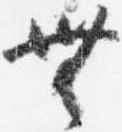
無